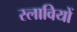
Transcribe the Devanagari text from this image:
स्लावियों